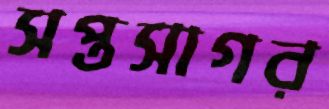
সপ্তসাগর